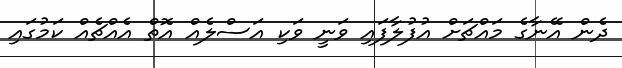
ދެން އޭނާގެ މައްޗަށް އުފުލާފައި ވަނީ ވަކި އަސްލެއް އޮތް އެއްޗެއް ކަމުގައި